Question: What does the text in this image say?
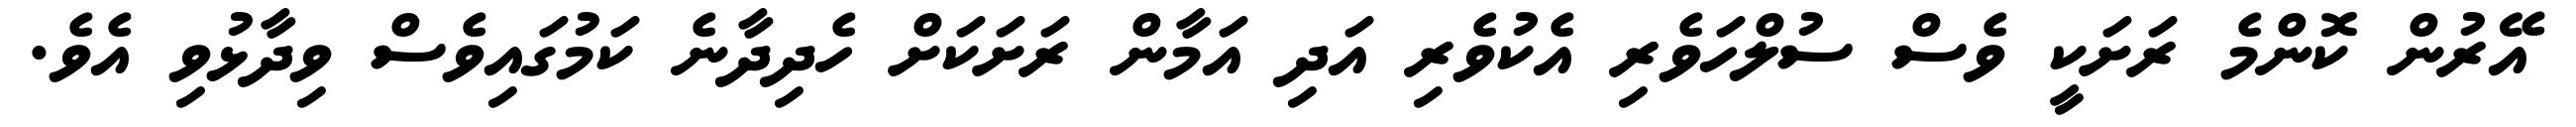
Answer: އޭރުން ކޮންމެ ރަށަކީ ވެސް ސުލްހަވެރި އެކުވެރި އަދި އަމާން ރަށަކަށް ހެދިދާނެ ކަމުގައިވެސް ވިދާޅުވި އެވެ.